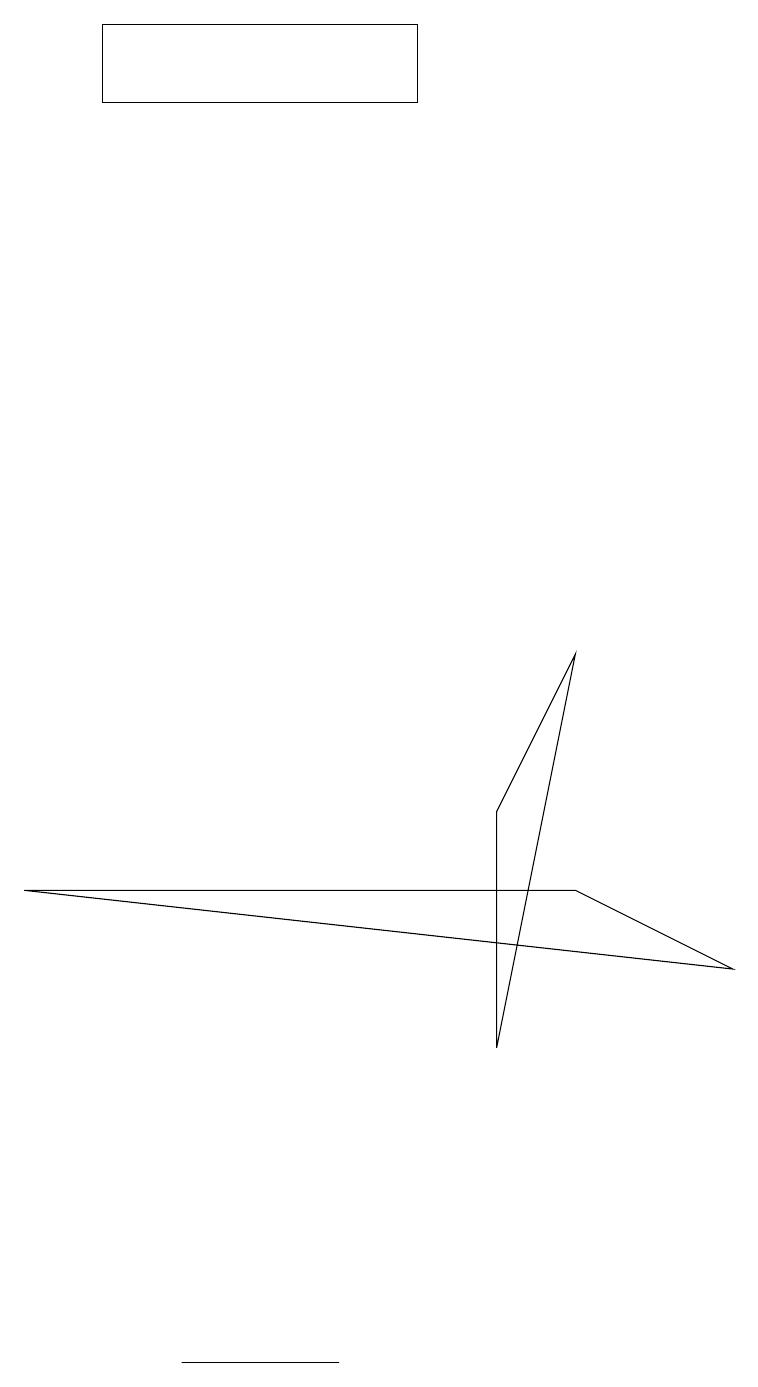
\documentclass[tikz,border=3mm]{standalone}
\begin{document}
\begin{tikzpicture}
\draw (6,7) -- (7,9) -- (6,4) -- cycle;
\draw (9,5) -- (0,6) -- (7,6) -- cycle;
\draw (4,0) -- (2,0) -- (3,0) -- cycle;
\draw (1,16) rectangle (5,17);
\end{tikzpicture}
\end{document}